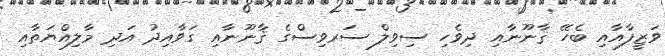
ވަޒީފާއާއި ބެހޭ ޤާނޫނާއި ދިވެހި ސިވިލް ސަރވިސްގެ ޤާނޫނާއި ގަވާއިދު އަދި މާލިއްޔަތާއި